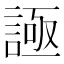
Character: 𧩦